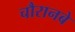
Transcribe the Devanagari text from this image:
चौरानबे